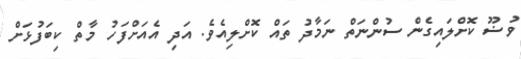
ވުޟޫ ކޮށްލައިގެން ސުންނަތް ނަމާދު ތައް ކޮށްލިއެވެ. އަދި އެއަށްފަހު މާތް ކިބަފުޅަށް